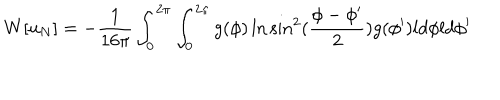
W [ u _ { N } ] = - { \frac { 1 } { 1 6 \pi } } \int _ { 0 } ^ { 2 \pi } \int _ { 0 } ^ { 2 \pi } g ( \phi ) \ln \sin ^ { 2 } ( { \frac { \phi - \phi ^ { \prime } } { 2 } } ) g ( \phi ^ { \prime } ) l d \phi l d \phi ^ { \prime }